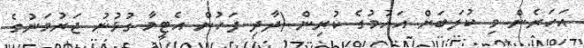
އަހަރެން މި ކުލަބަށް އައުމުގެ ކުރިން (ދާދި ފަހުން އެޓީމާ ގުޅުނު ޖަރުމަނުގެ